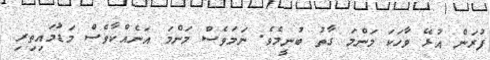
ފުރަން އުޅޭ ވާހަކަ މަންމަ ގާތު ބުނީމެވެ. ނަމަވެސް މަންމަ އަނެއްކާވެސް މަޑުމައިތިރި